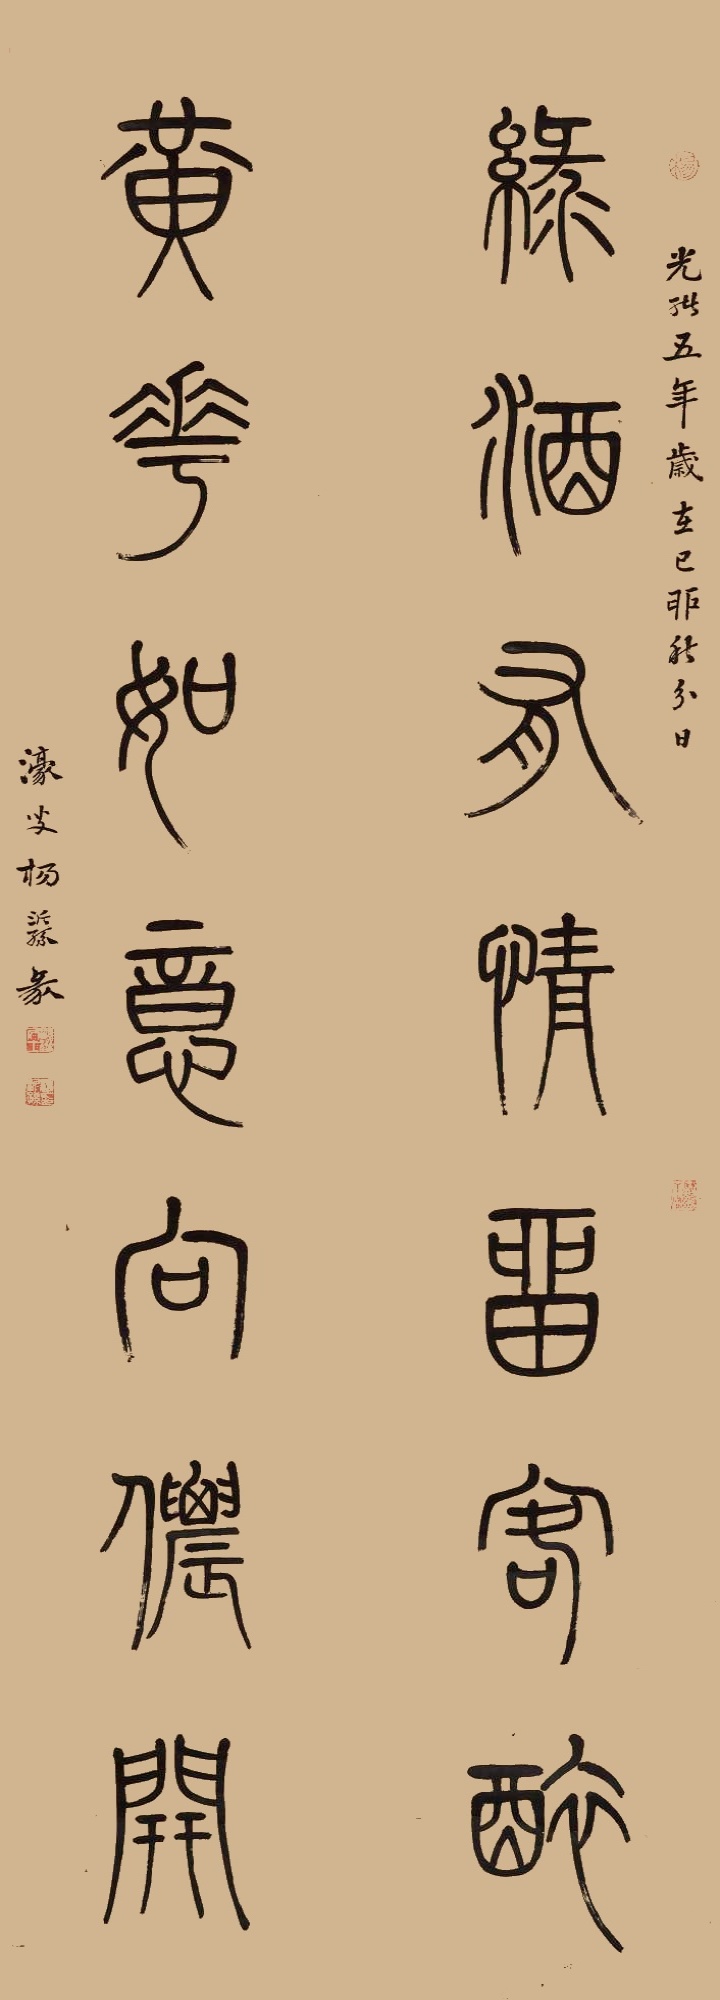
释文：绿酒有情留客醉，黄花如意向侬开。光绪五年，岁在己卯秋分日，濠叟杨沂孙篆。